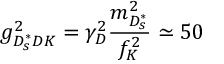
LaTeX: g _ { D _ { s } ^ { * } D K } ^ { 2 } = \gamma _ { D } ^ { 2 } \frac { m _ { D _ { s } ^ { * } } ^ { 2 } } { f _ { K } ^ { 2 } } \simeq 5 0